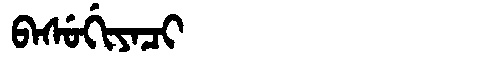
Manchu: ᠪᠠᠰᡠᡤᡳᠶᠠᠴᡳ
Romanization: BASUGIYACI